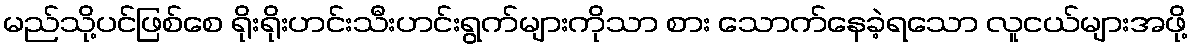
မည်သို့ပင်ဖြစ်စေ ရိုးရိုးဟင်းသီးဟင်းရွက်များကိုသာ စား သောက်နေခဲ့ရသော လူငယ်များအဖို့